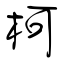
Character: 柯